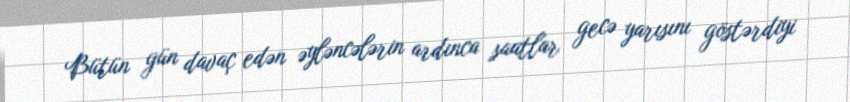
Bütün gün davaç edən əyləncələrin ardınca saatlar gecə yarısını göstərdiyi